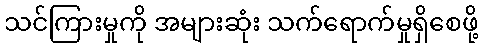
သင်ကြားမှုကို အများဆုံး သက်ရောက်မှုရှိစေဖို့